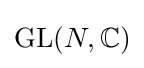
{\text{GL}}(N,\mathbb {C} )